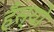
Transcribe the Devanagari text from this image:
हँस्‍यो